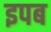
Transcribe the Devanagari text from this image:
इपब